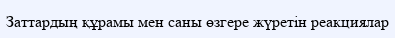
Заттардың құрамы мен саны өзгере жүретін реакциялар